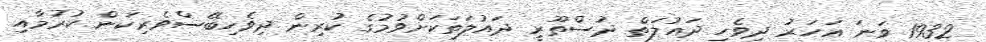
1932 ވަނަ އަހަރު ދިވެހި ދައުލަތް ދުސްތޫރީ ދައުލަތަކަށްވުމުގެ ކުރިން ދިވެހިބޭސްވެރިކަން ކުރުމާއި